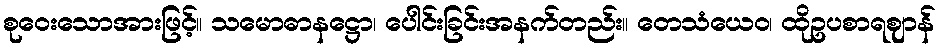
စုဝေးသောအားဖြင့်။ သမောဓာနဋ္ဌော၊ ပေါင်းခြင်းအနက်တည်း။ တေသံယေဝ၊ ထိုဥပစာရဈာန်